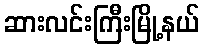
ဆားလင်းကြီးမြို့နယ်